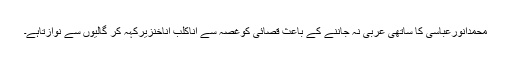
محمدانورعباسی کا ساتھی عربی نہ جاننے کے باعث قصائی کوغُصّہ سے اناکلب أناخنزیرکہہ کر گالیوں سے نوازتاہے۔